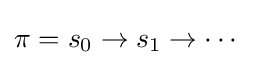
\pi =s_{0}\to s_{1}\to \cdots